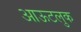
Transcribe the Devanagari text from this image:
आऊटलुक